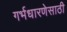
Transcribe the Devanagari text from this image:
गर्भधारणेसाठी